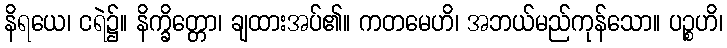
နိရယေ၊ ငရဲ၌။ နိက္ခိတ္တော၊ ချထားအပ်၏။ ကတမေဟိ၊ အဘယ်မည်ကုန်သော။ ပဉ္စဟိ၊